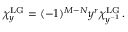
\chi _ { y } ^ { \mathrm { L G } } = ( - 1 ) ^ { M - N } y ^ { r } \chi _ { y ^ { - 1 } } ^ { \mathrm { L G } } \, .